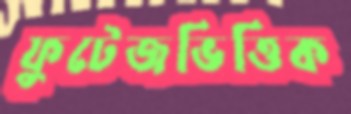
ফুটেজভিত্তিক